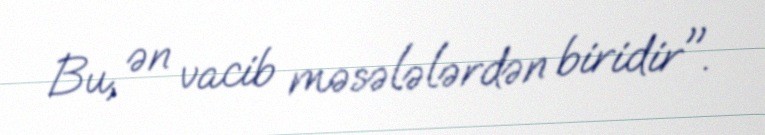
Bu, ən vacib məsələlərdən biridir".